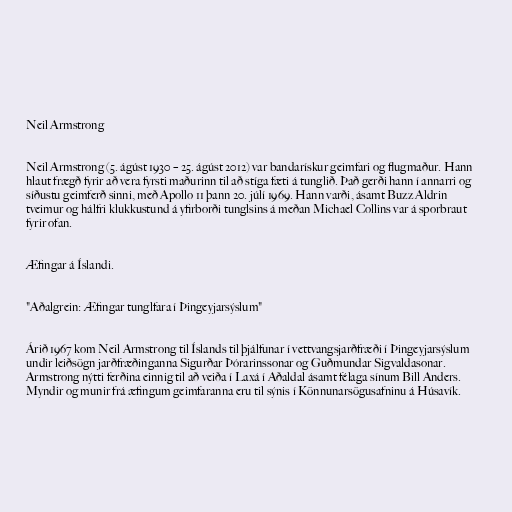
Neil Armstrong

Neil Armstrong (5. ágúst 1930 – 25. ágúst 2012) var bandarískur geimfari og flugmaður. Hann
hlaut frægð fyrir að vera fyrsti maðurinn til að stíga fæti á tunglið. Það gerði hann í annarri og
síðustu geimferð sinni, með Apollo 11 þann 20. júlí 1969. Hann varði, ásamt Buzz Aldrin
tveimur og hálfri klukkustund á yfirborði tunglsins á meðan Michael Collins var á sporbraut
fyrir ofan.

Æfingar á Íslandi.

"Aðalgrein: Æfingar tunglfara í Þingeyjarsýslum"

Árið 1967 kom Neil Armstrong til Íslands til þjálfunar í vettvangsjarðfræði í Þingeyjarsýslum
undir leiðsögn jarðfræðinganna Sigurðar Þórarinssonar og Guðmundar Sigvaldasonar.
Armstrong nýtti ferðina einnig til að veiða í Laxá í Aðaldal ásamt félaga sínum Bill Anders.
Myndir og munir frá æfingum geimfaranna eru til sýnis í Könnunarsögusafninu á Húsavík.